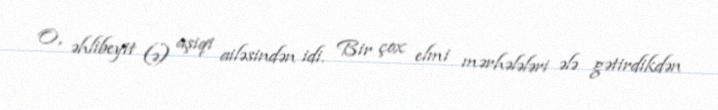
O, əhlibeyit (ə) aşiqi ailəsindən idi. Bir çox elmi mərhələləri ələ gətirdikdən